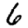
Digit: 6